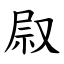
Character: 叞